Tartu_linnavalitsus, lk 125
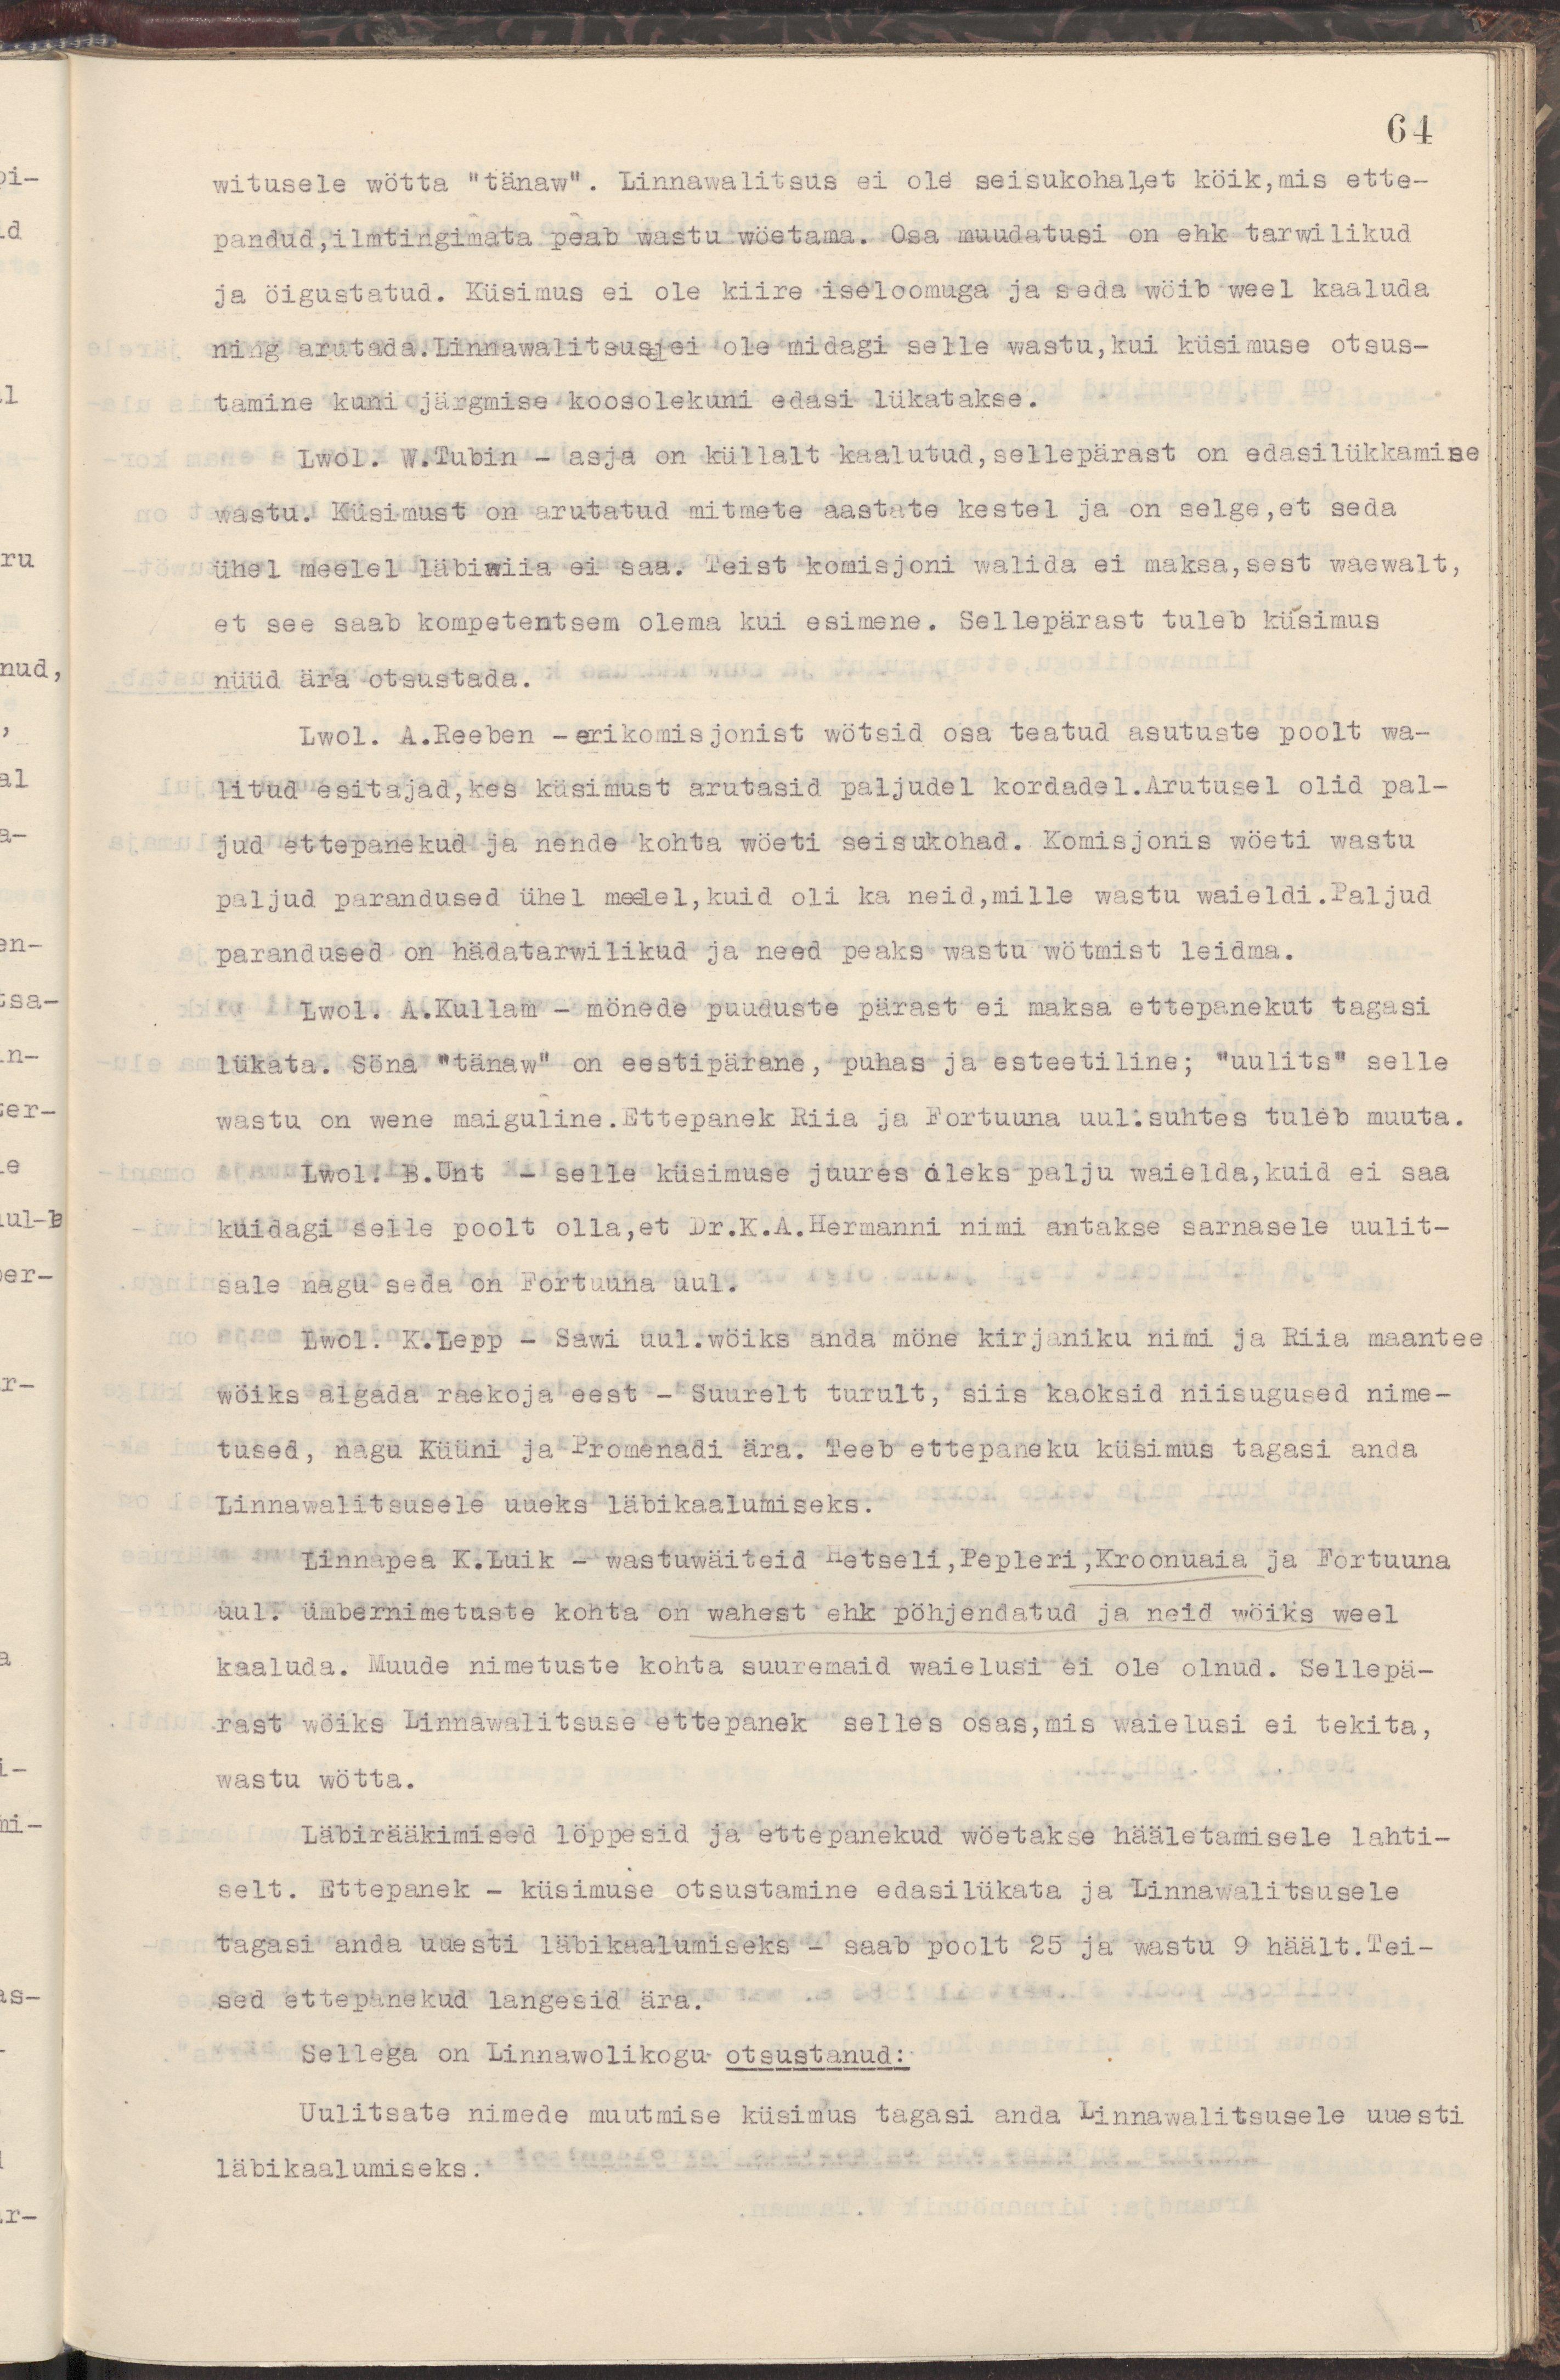
64
witusele wötta "tänaw". Linnawalitsus ei ole seisukohal,et köik,mis ette-
pandud, ilmtingimata peab wastu wöetama. Osa muudatusi on ehk tarwilikud
ja öigustatud. Küsimus ei ole kiire iseloomuga ja seda wöib weel kaaluda
ning arutada. Linnawalitsusel ei ole midagi selle wastu,kui küsimuse otsus-
tamine kuni järgmise koosolekuni edasi lükatakse.
Lwol. W. Tubin - asja on küllalt kaalutud, sellepärast on edasilükkamise
wastu. Küsimust on arutatud mitmete aastate kestel ja on selge,et seda
ühel meelel läbiwiia ei saa.Teist komisjoni walida ei maksa,sest waewalt,
et see saab kompetentsem olema kui esimene. Sellepärast tuleb küsimus
nüüd ära otsustada.
Lwol. A.Reeben - erikomisjonist wötsid osa teatud asutuste poolt wa-
litud esitajad, kes küsimust arutasid paljudel kordadel. Arutusel olid pal-
jud ettepanekud ja nende kohta wöeti seisukohad. Komisjonis wöeti wastu
paljud parandused ühel meelel,kuid oli ka neid,mille wastu waieldi. Paljud
parandused on hädawajalikud ja need peaks wastu wötmist leidma.
Lwol. A.Kullam - mönede puuduste pärast ei maksa ettepanekut tagasi
lükata. Söna "tänaw" on eestipärane, puhas ja esteetiline; "uulits" selle
wastu on wene maiguline. Ettepanek Riia ja Fortuuna uul. suhtes tuleb muuta.
Lwol. B.Unt - selle küsimuse juures oleks palju waielda,kuid ei saa
kuidagi selle poolt olla, et Dr.K.A.Hermanni nimi antakse sarnasele uulit-
sale nagu seda on Fortuuna uul.
Lwol. K.Lepp - Sawi uul. wöiks anda möne kirjaniku nimi ja Riia maantee
wöiks algada raekoja eest - Suurelt turult, siis kaoksid niisugused nime-
tused, nagu Küüni ja Promenaadi ära. Teeb ettepaneku küsimus tagasi anda
Linnawalitsusele uueks läbikaalumiseks.
Linnapea K.Luik - wastuwäiteid Hetseli, Pepleri, Kroonuaia ja Fortuuna
uul. ümbernimetuste kohta on wahest ehk põhjendatud ja neid wöiks weel
kaaluda. Muude nimetuste kohta suuremaid waielusi ei ole olnud. Sellepä-
rast wöiks Linnawalitsuse ettepanek selles osas, mis waielusi ei tekita,
wastu wötta.
Läbirääkimised löppesid ja ettepanekud wöetakse hääletamisele lahti-
selt. Ettepanek - küsimuse otsustamine edasilükata ja Linnawalitsusele
tagasi anda uuesti läbikaalumiseks - saab poolt 25 ja wastu 9 häält.Tei-
sed ettepanekud langesid ära.
Sellega on Linnawolikogu otsustanud:
Uulitsate nimede muutmise küsimus tagasi anda Linnawalitsusele uuesti
läbikaalumiseks.